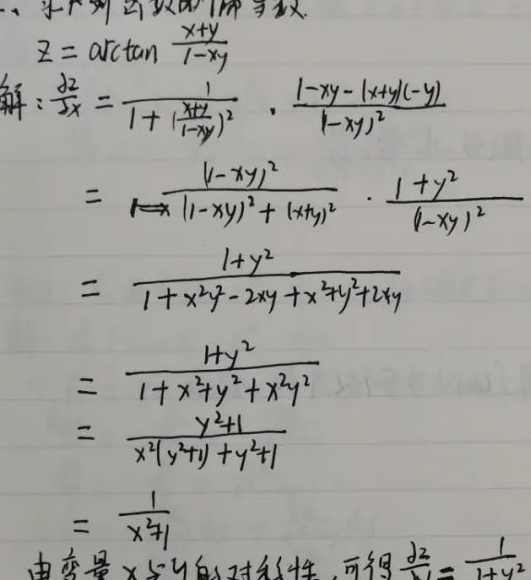
\[
\begin{align*}
z&=\arctan\frac{x + y}{1-xy}\\
\frac{\partial z}{\partial x}&=\frac{1}{1 + (\frac{x + y}{1-xy})^2}\cdot\frac{1-xy-(x + y)(-y)}{(1-xy)^2}\\
&=\frac{(1-xy)^2}{(1-xy)^2+(x + y)^2}\cdot\frac{1 + y^2}{(1-xy)^2}\\
&=\frac{1 + y^2}{1+x^2y^2-2xy+x^2 + 2xy+y^2}\\
&=\frac{1 + y^2}{1+x^2 + y^2+x^2y^2}\\
&=\frac{y^2 + 1}{x^2(y^2 + 1)+y^2 + 1}\\
&=\frac{1}{x^2+1}
\end{align*}
\]
由变量\(x\)与\(y\)的对称性，可得\(\frac{\partial z}{\partial y}=\frac{1}{1 + y^2}\)